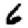
Digit: 6